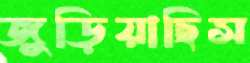
জুড়িয়াছিস